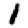
Digit: 1